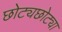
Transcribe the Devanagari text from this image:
छोट्यछोट्या